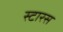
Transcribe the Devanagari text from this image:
स्टारस